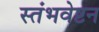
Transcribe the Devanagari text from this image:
स्तंभवेष्टन